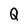
Character: Q